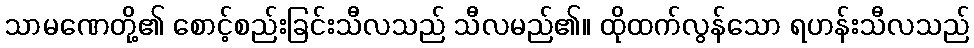
သာမဏေတို့၏ စောင့်စည်းခြင်းသီလသည် သီလမည်၏။ ထိုထက်လွန်သော ရဟန်းသီလသည်